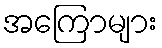
အကြောများ